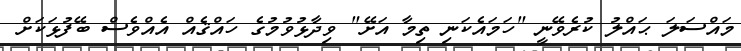
މައްސަލަ ޙައްލު ކުރެވޭނީ "ހަމައެކަނި ތިމާ އަށޭ" ވިދާޅުވުމުގެ ހައްޤެއް އެއްވެސް ބޭފުޅަކަށް